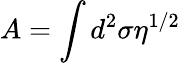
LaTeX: A=\int d^{2}\sigma\eta^{1/2}